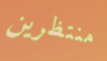
منتظرين